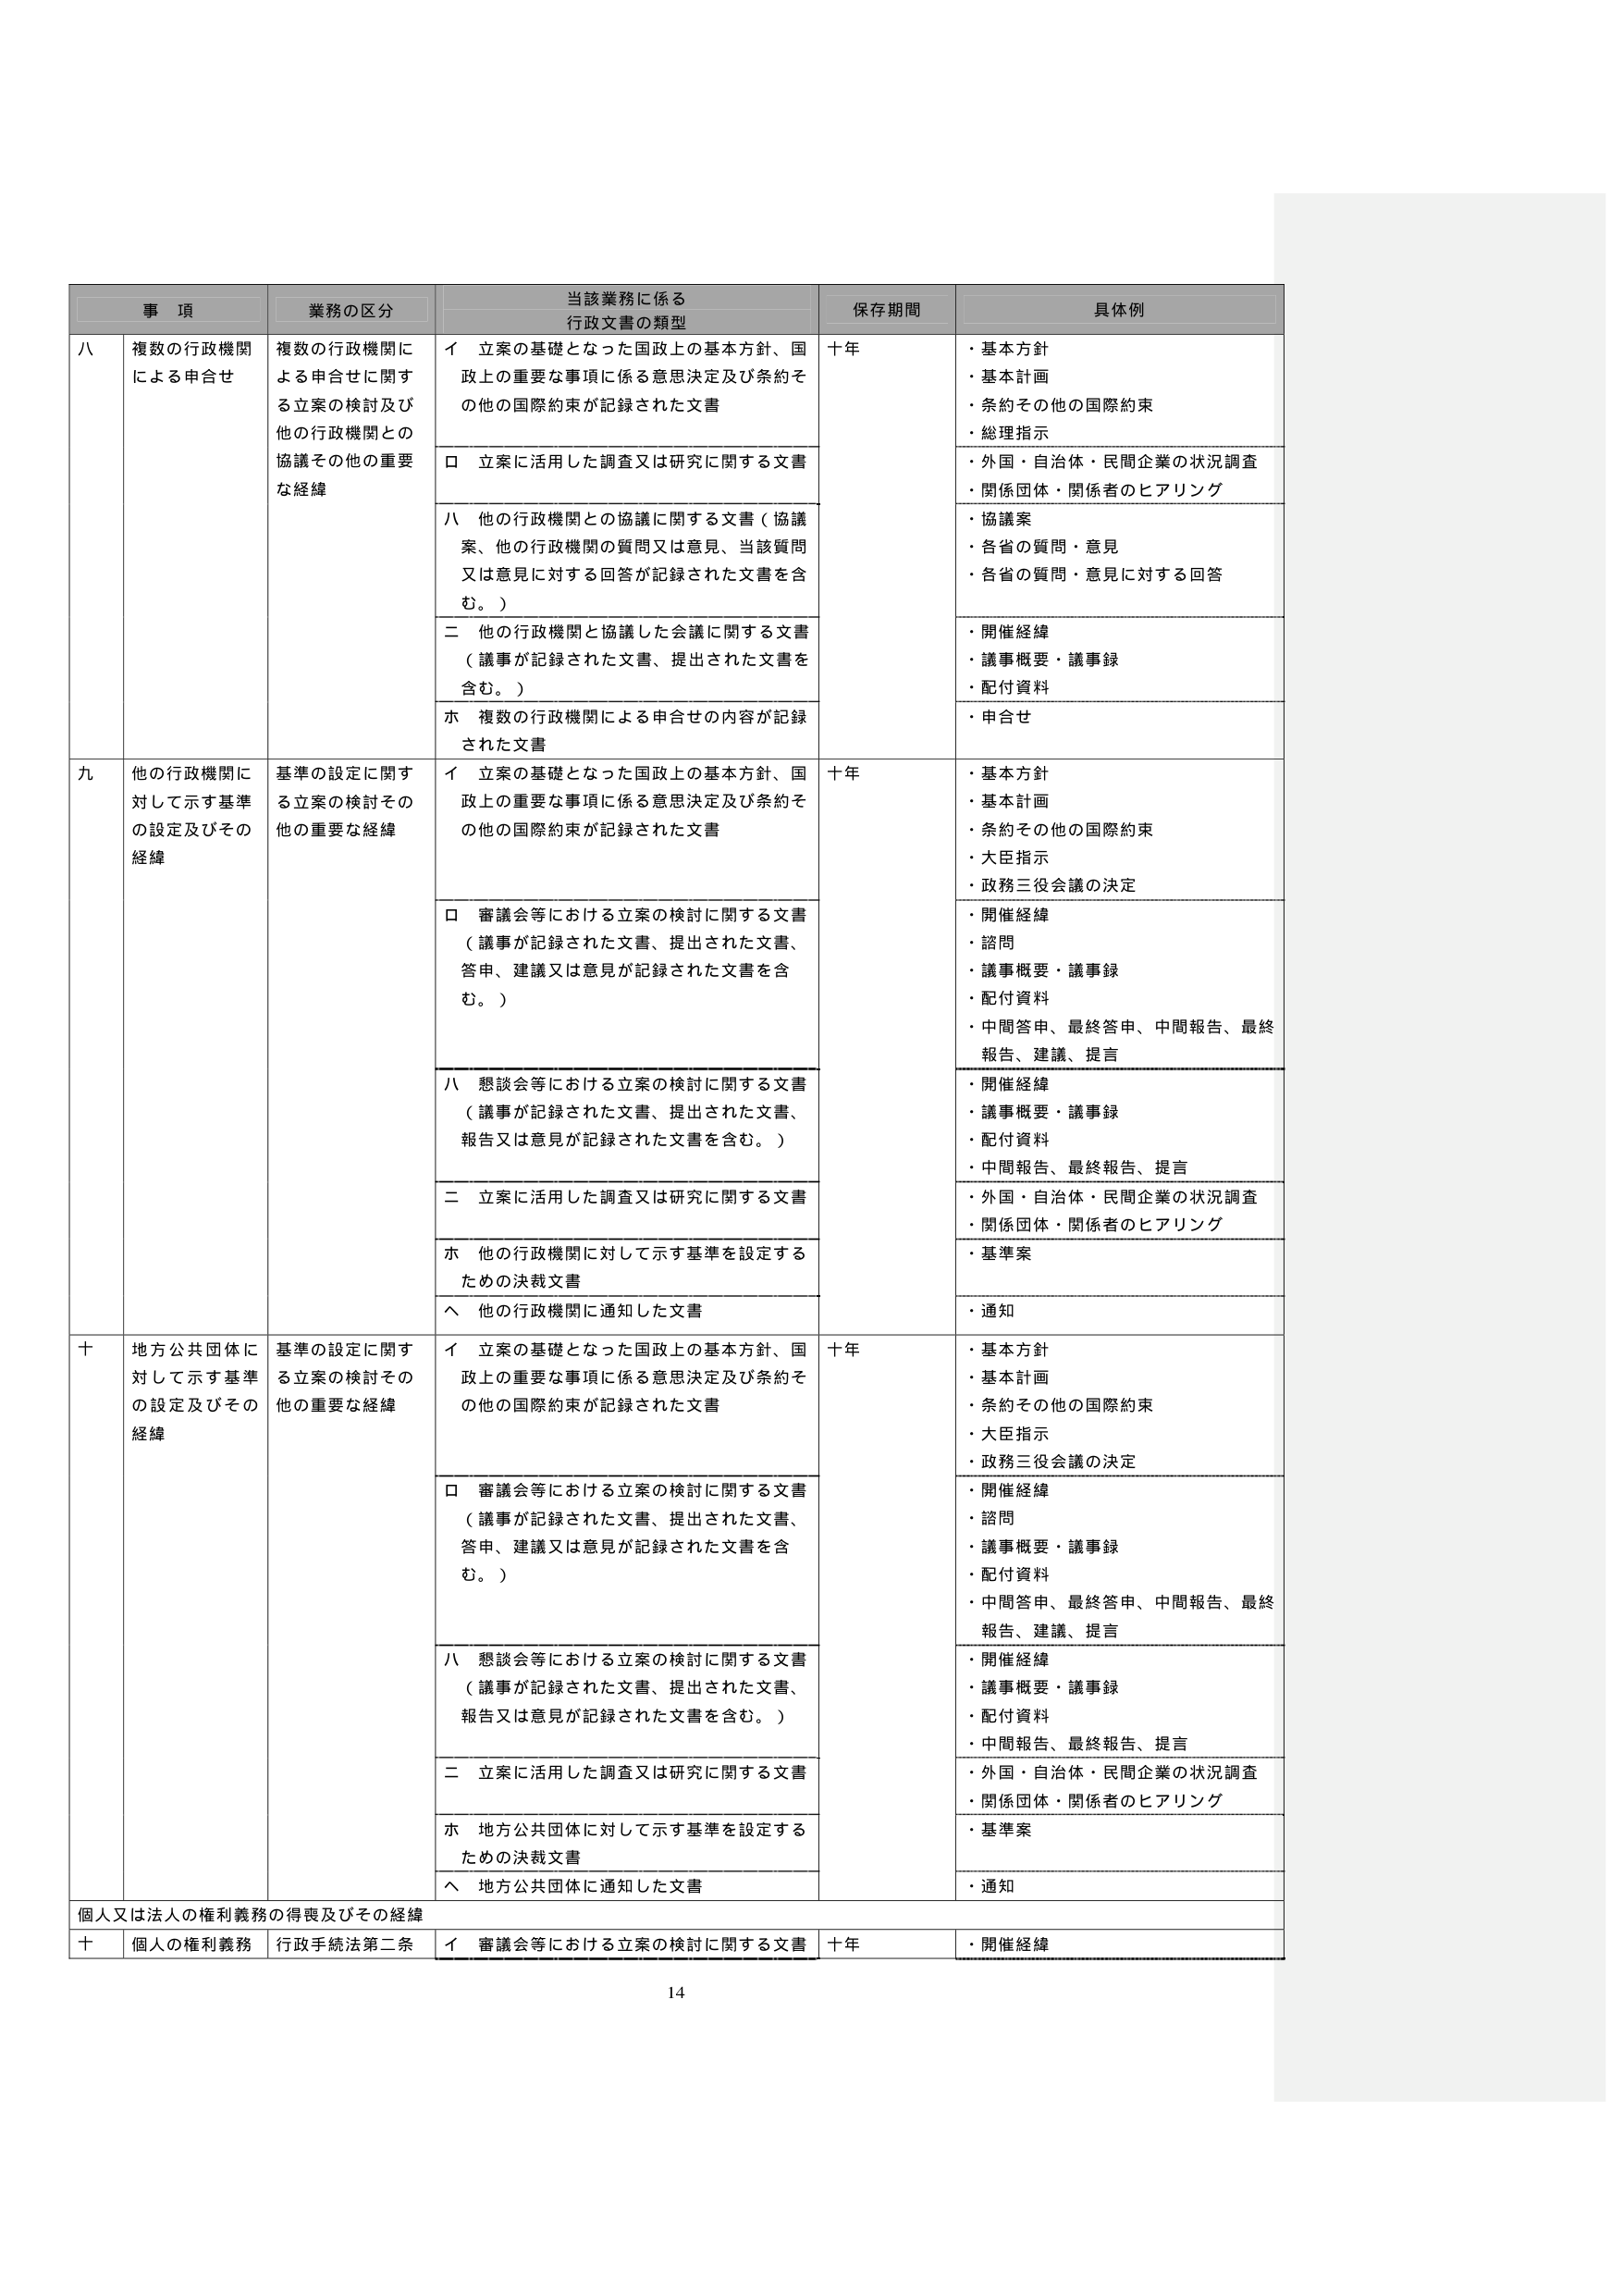
事 項 業務の区分 当該業務に係る 行政文書の類型 保存期間 具体例 八 複数の行政機関 による申合せ 複数の行政機関に よる申合せに関する立案の検討及び 他の行政機関との 協議その他の重要 な経緯 イ 立案の基礎となった国政上の基本方針、国 政上の重要な事項に係る意思決定及び条約そ の他の国際約束が記録された文書 十年 ・基本方針 ・基本計画 ・条約その他の国際約束 ・総理指示 ロ 立案に活用した調査又は研究に関する文書 ・外国・自治体・民間企業の状況調査 ・関係団体・関係者のヒアリング 八 他の行政機関との協議に関する文書（協議 案、他の行政機関の質問又は意見、当該質問 又は意見に対する回答が記録された文書を含 む。） ・協議案 ・各省の質問・意見 ・各省の質問・意見に対する回答 二 他の行政機関と協議した会議に関する文書 （議事が記録された文書、提出された文書を 含む。） ・開催経緯 ・議事概要・議事録 ・配付資料 ホ 複数の行政機関による申合せの内容が記録 された文書 ・申合せ 九 他の行政機関に 対して示す基準 の設定及びその 経緯 基準の設定に関する立案の検討その 他の重要な経緯 イ 立案の基礎となった国政上の基本方針、国 政上の重要な事項に係る意思決定及び条約そ の他の国際約束が記録された文書 十年 ・基本方針 ・基本計画 ・条約その他の国際約束 ・大臣指示 ・政務三役会議の決定 ロ 審議会等における立案の検討に関する文書 （議事が記録された文書、提出された文書、 答申、建議又は意見が記録された文書を含 む。） ・開催経緯 ・諮問 ・議事概要・議事録 ・配付資料 ・中間答申、最終答申、中間報告、最終 報告、建議、提言 八 懇談会等における立案の検討に関する文書 （議事が記録された文書、提出された文書、 報告又は意見が記録された文書を含む。） ・開催経緯 ・議事概要・議事録 ・配付資料 ・中間報告、最終報告、提言 二 立案に活用した調査又は研究に関する文書 ・外国・自治体・民間企業の状況調査 ・関係団体・関係者のヒアリング ホ 他の行政機関に対して示す基準を設定する ための決裁文書 ・基準案 ヘ 他の行政機関に通知した文書 ・通知 十 地方公共団体に 対して示す基準 の設定及びその 経緯 基準の設定に関する立案の検討その 他の重要な経緯 イ 立案の基礎となった国政上の基本方針、国 政上の重要な事項に係る意思決定及び条約そ の他の国際約束が記録された文書 十年 ・基本方針 ・基本計画 ・条約その他の国際約束 ・大臣指示 ・政務三役会議の決定 ロ 審議会等における立案の検討に関する文書 （議事が記録された文書、提出された文書、 答申、建議又は意見が記録された文書を含 む。） ・開催経緯 ・諮問 ・議事概要・議事録 ・配付資料 ・中間答申、最終答申、中間報告、最終 報告、建議、提言 八 懇談会等における立案の検討に関する文書 （議事が記録された文書、提出された文書、 報告又は意見が記録された文書を含む。） ・開催経緯 ・議事概要・議事録 ・配付資料 ・中間報告、最終報告、提言 二 立案に活用した調査又は研究に関する文書 ・外国・自治体・民間企業の状況調査 ・関係団体・関係者のヒアリング ホ 地方公共団体に対して示す基準を設定する ための決裁文書 ・基準案 ヘ 地方公共団体に通知した文書 ・通知 個人又は法人の権利義務の得喪及びその経緯 十 個人の権利義務 行政手続法第二条 イ 審議会等における立案の検討に関する文書 十年 ・開催経緯 14